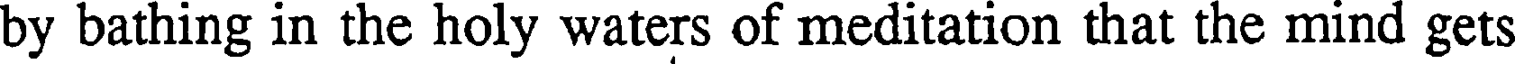
by bathing in the holy waters of meditation that the mind gets